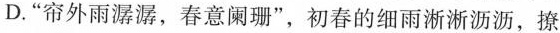
D.”帘外雨潺潺，春意阑珊”，初春的细雨淅淅沥沥，撩